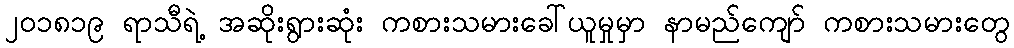
၂၀၁၈၁၉ ရာသီရဲ့ အဆိုးရွားဆုံး ကစားသမားခေါ်ယူမှုမှာ နာမည်ကျော် ကစားသမားတွေ